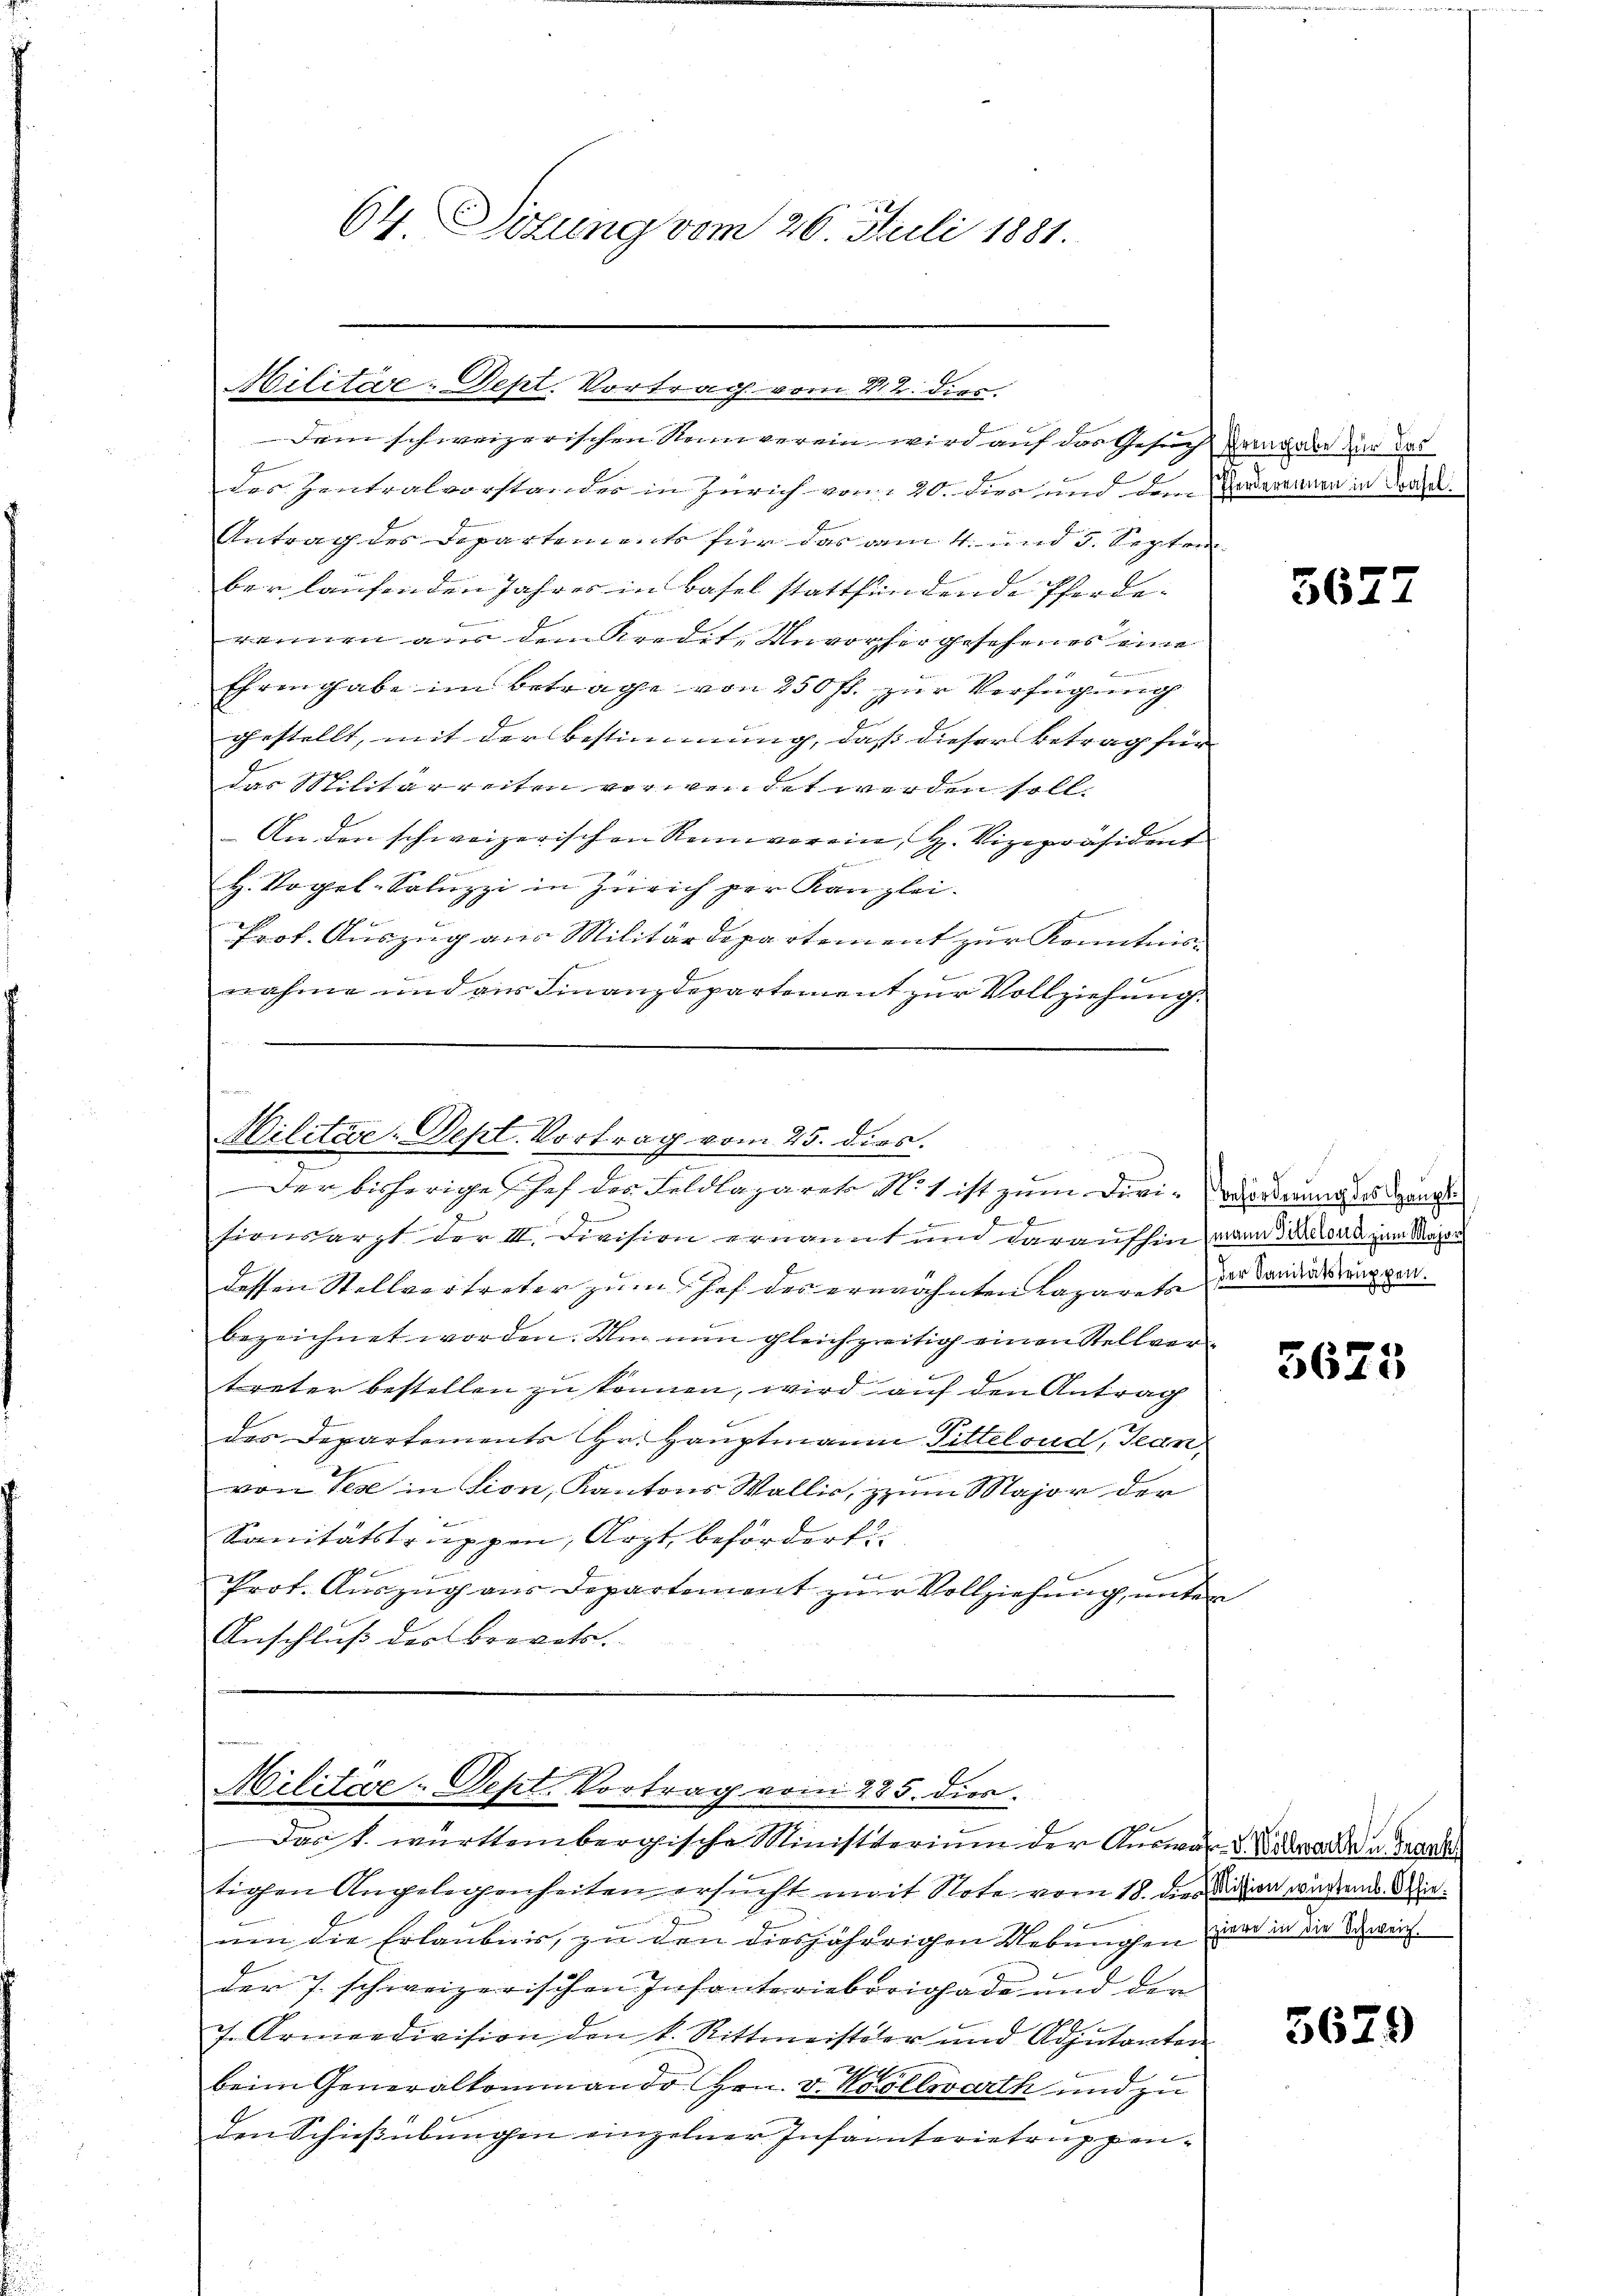
64. Sizung vom 26. Juli 1881.

Militär-Dept. Vortrag vom 22. dies
des Zentralvorstander in Zürich von 40. Dies und den Vordernern in dran.
Antrag des Departements für das am 4. und 5. Septem
ber laufenden Jahres in Basel stattfindende Pferderonnen aus dem Kredit, Unvorhergesehenes eine
Ehrengabe im Betrage von 250 fl. zur Verfügung
gestellt, mit der Bestimmung, dass dieser Betrag für |
das Militärreten verwendet werden soll.
An den schweizerischen Reinverein, H. Vizepräsident
H. Vogel-Soluzzi in Zürich per Kanzlei-
Prof. Auszug aus Militärdepartement zur Kenntnis-
nahme und aus Finanzdepartement zur Vollziehung.
 f 8 x

f
sionsarzt der III. Division ernannt und daraufhin, wann wird zum Major
dessen Stellvertreter zum Hof des erwähnten Lazareta das Landerungen.
f
bezeichnet worden. Um nun gleichzeitig einen Stellvertreter bestellen zu können, wird auf den Antrag
des Departements Hr. Hauptmann Pitteloud, Jean
von Teil in sion, Kantons Wallis, zum Major der
Sanitätstruppen, Arzt befördert
f
Prot. Auszug aus Departement zur Vollziehung, unter
Anschluß der Brevets.

Dein schweizerischen Nennverein wird auf das Gesuch Zangabe der das

s
Militär-Sept. Vortrag vom 25. dies.
Der bisherige Schef der Feldlazareto No 1 ist zum Diri-orderung des gan

Militar-Dept. Vortrag vom 225. dies
Dast württembergische Ministerium der Auswärs oder u. ergall

tigen Angelegenheiten ersucht mit Note vom 18. Dein wißende Wienen die Erlaubnis, zu den diesjährigen Uebungen zwar in der Beweich.
der 7. schweizerischen Infanterieberigade und der
s. Armeedivision den k. Rittmeister und Adjutanten
2
beim Generalkommando Hrn. v. Wollwerth und zu
den Schießübungen einzelner Infanterietruppen¬

3677

3625

5679